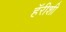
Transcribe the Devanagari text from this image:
हॅरीशी